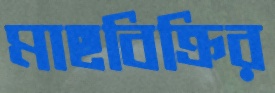
মাছবিক্রির